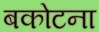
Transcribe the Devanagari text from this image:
बकोटना